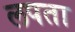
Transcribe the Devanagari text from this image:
लपता